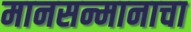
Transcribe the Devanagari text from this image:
मानसन्मानाचा